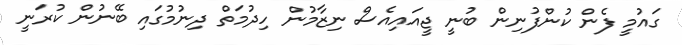
ގައުމީ ފެން ކުންފުނިން ބުނީ ޖީއައިއެސް ނިޒާމުން ހިދުމަތް ދިނުމުގައި ބޭނުން ކުރަނީ